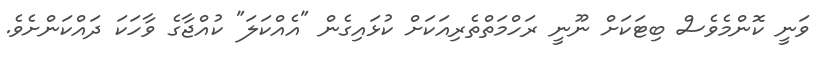
ވަނީ ކޮންމެވެސް ބިޓަކަށް ނޫނީ ރަހްމަތްތެރިއަކަށް ކުޅައިގެން "އެއްކަލަ" ކުއްޖާގެ ވާހަކަ ދައްކަންށެވެ.